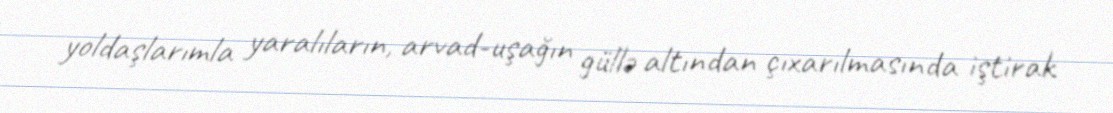
yoldaşlarımla yaralıların, arvad-uşağın güllə altından çıxarılmasında iştirak